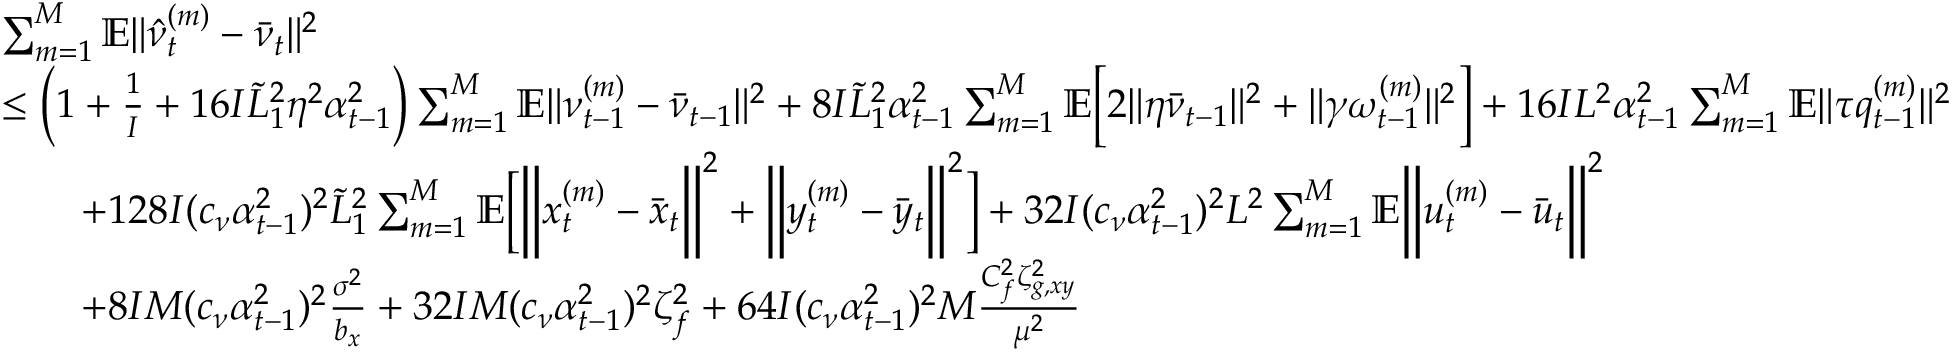
\begin{array} { r l } & { \sum _ { m = 1 } ^ { M } \mathbb { E } \| \hat { \nu } _ { t } ^ { ( m ) } - \bar { \nu } _ { t } \| ^ { 2 } } \\ & { \leq \left( 1 + \frac { 1 } { I } + 1 6 I \tilde { L } _ { 1 } ^ { 2 } \eta ^ { 2 } \alpha _ { t - 1 } ^ { 2 } \right) \sum _ { m = 1 } ^ { M } \mathbb { E } \| \nu _ { t - 1 } ^ { ( m ) } - \bar { \nu } _ { t - 1 } \| ^ { 2 } + 8 I \tilde { L } _ { 1 } ^ { 2 } \alpha _ { t - 1 } ^ { 2 } \sum _ { m = 1 } ^ { M } \mathbb { E } \bigg [ 2 \| \eta \bar { \nu } _ { t - 1 } \| ^ { 2 } + \| \gamma \omega _ { t - 1 } ^ { ( m ) } \| ^ { 2 } \bigg ] + 1 6 I L ^ { 2 } \alpha _ { t - 1 } ^ { 2 } \sum _ { m = 1 } ^ { M } \mathbb { E } \| \tau q _ { t - 1 } ^ { ( m ) } \| ^ { 2 } } \\ & { \qquad + 1 2 8 I ( c _ { \nu } \alpha _ { t - 1 } ^ { 2 } ) ^ { 2 } \tilde { L } _ { 1 } ^ { 2 } \sum _ { m = 1 } ^ { M } \mathbb { E } \bigg [ \bigg \| x _ { t } ^ { ( m ) } - \bar { x } _ { t } \bigg \| ^ { 2 } + \bigg \| y _ { t } ^ { ( m ) } - \bar { y } _ { t } \bigg \| ^ { 2 } \bigg ] + 3 2 I ( c _ { \nu } \alpha _ { t - 1 } ^ { 2 } ) ^ { 2 } L ^ { 2 } \sum _ { m = 1 } ^ { M } \mathbb { E } \bigg \| u _ { t } ^ { ( m ) } - \bar { u } _ { t } \bigg \| ^ { 2 } } \\ & { \qquad + 8 I M ( c _ { \nu } \alpha _ { t - 1 } ^ { 2 } ) ^ { 2 } \frac { \sigma ^ { 2 } } { b _ { x } } + 3 2 I M ( c _ { \nu } \alpha _ { t - 1 } ^ { 2 } ) ^ { 2 } \zeta _ { f } ^ { 2 } + 6 4 I ( c _ { \nu } \alpha _ { t - 1 } ^ { 2 } ) ^ { 2 } M \frac { C _ { f } ^ { 2 } \zeta _ { g , x y } ^ { 2 } } { \mu ^ { 2 } } } \end{array}